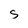
Character: s